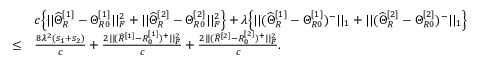
\begin{array} { r l } & { c \Big \{ | | \widehat { \Theta } _ { R } ^ { [ 1 ] } - \Theta _ { R 0 } ^ { [ 1 ] } | | _ { F } ^ { 2 } + | | \widehat { \Theta } _ { R } ^ { [ 2 ] } - \Theta _ { R 0 } ^ { [ 2 ] } | | _ { F } ^ { 2 } \Big \} + \lambda \Big \{ | | ( \widehat { \Theta } _ { R } ^ { [ 1 ] } - \Theta _ { R 0 } ^ { [ 1 ] } ) ^ { - } | | _ { 1 } + | | ( \widehat { \Theta } _ { R } ^ { [ 2 ] } - \Theta _ { R 0 } ^ { [ 2 ] } ) ^ { - } | | _ { 1 } \Big \} } \\ { \leq } & { \frac { 8 \lambda ^ { 2 } ( s _ { 1 } + s _ { 2 } ) } { c } + \frac { 2 | | ( \widehat { R } ^ { [ 1 ] } - R _ { 0 } ^ { [ 1 ] } ) ^ { + } | | _ { F } ^ { 2 } } { c } + \frac { 2 | | ( \widehat { R } ^ { [ 2 ] } - R _ { 0 } ^ { [ 2 ] } ) ^ { + } | | _ { F } ^ { 2 } } { c } . } \end{array}